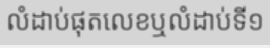
លំដាប់ផុតលេខឬលំដាប់ទី១